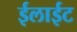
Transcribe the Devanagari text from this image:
ईलाईट